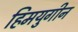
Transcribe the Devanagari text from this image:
हिमयुगीन